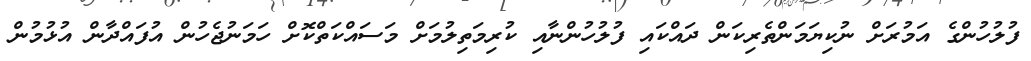
ފުލުހުންގެ އަމުރަށް ނުކިޔަމަންތެރިކަން ދައްކައި ފުލުހުންނާއި ކުރިމަތިލުމަށް މަސައްކަތްކޮށް ހަމަނުޖެހުން އުފައްދާން އުޅުމުން